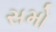
સમો